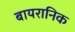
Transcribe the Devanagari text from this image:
बायरानिक